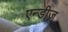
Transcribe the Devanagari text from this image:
एन्डीज